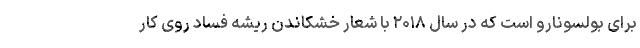
برای بولسونارو است که در سال ۲۰۱۸ با شعار خشکاندن ریشه فساد روی کار